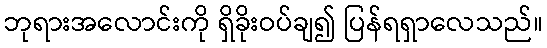
ဘုရားအလောင်းကို ရှိခိုးဝပ်ချ၍ ပြန်ရရှာလေသည်။